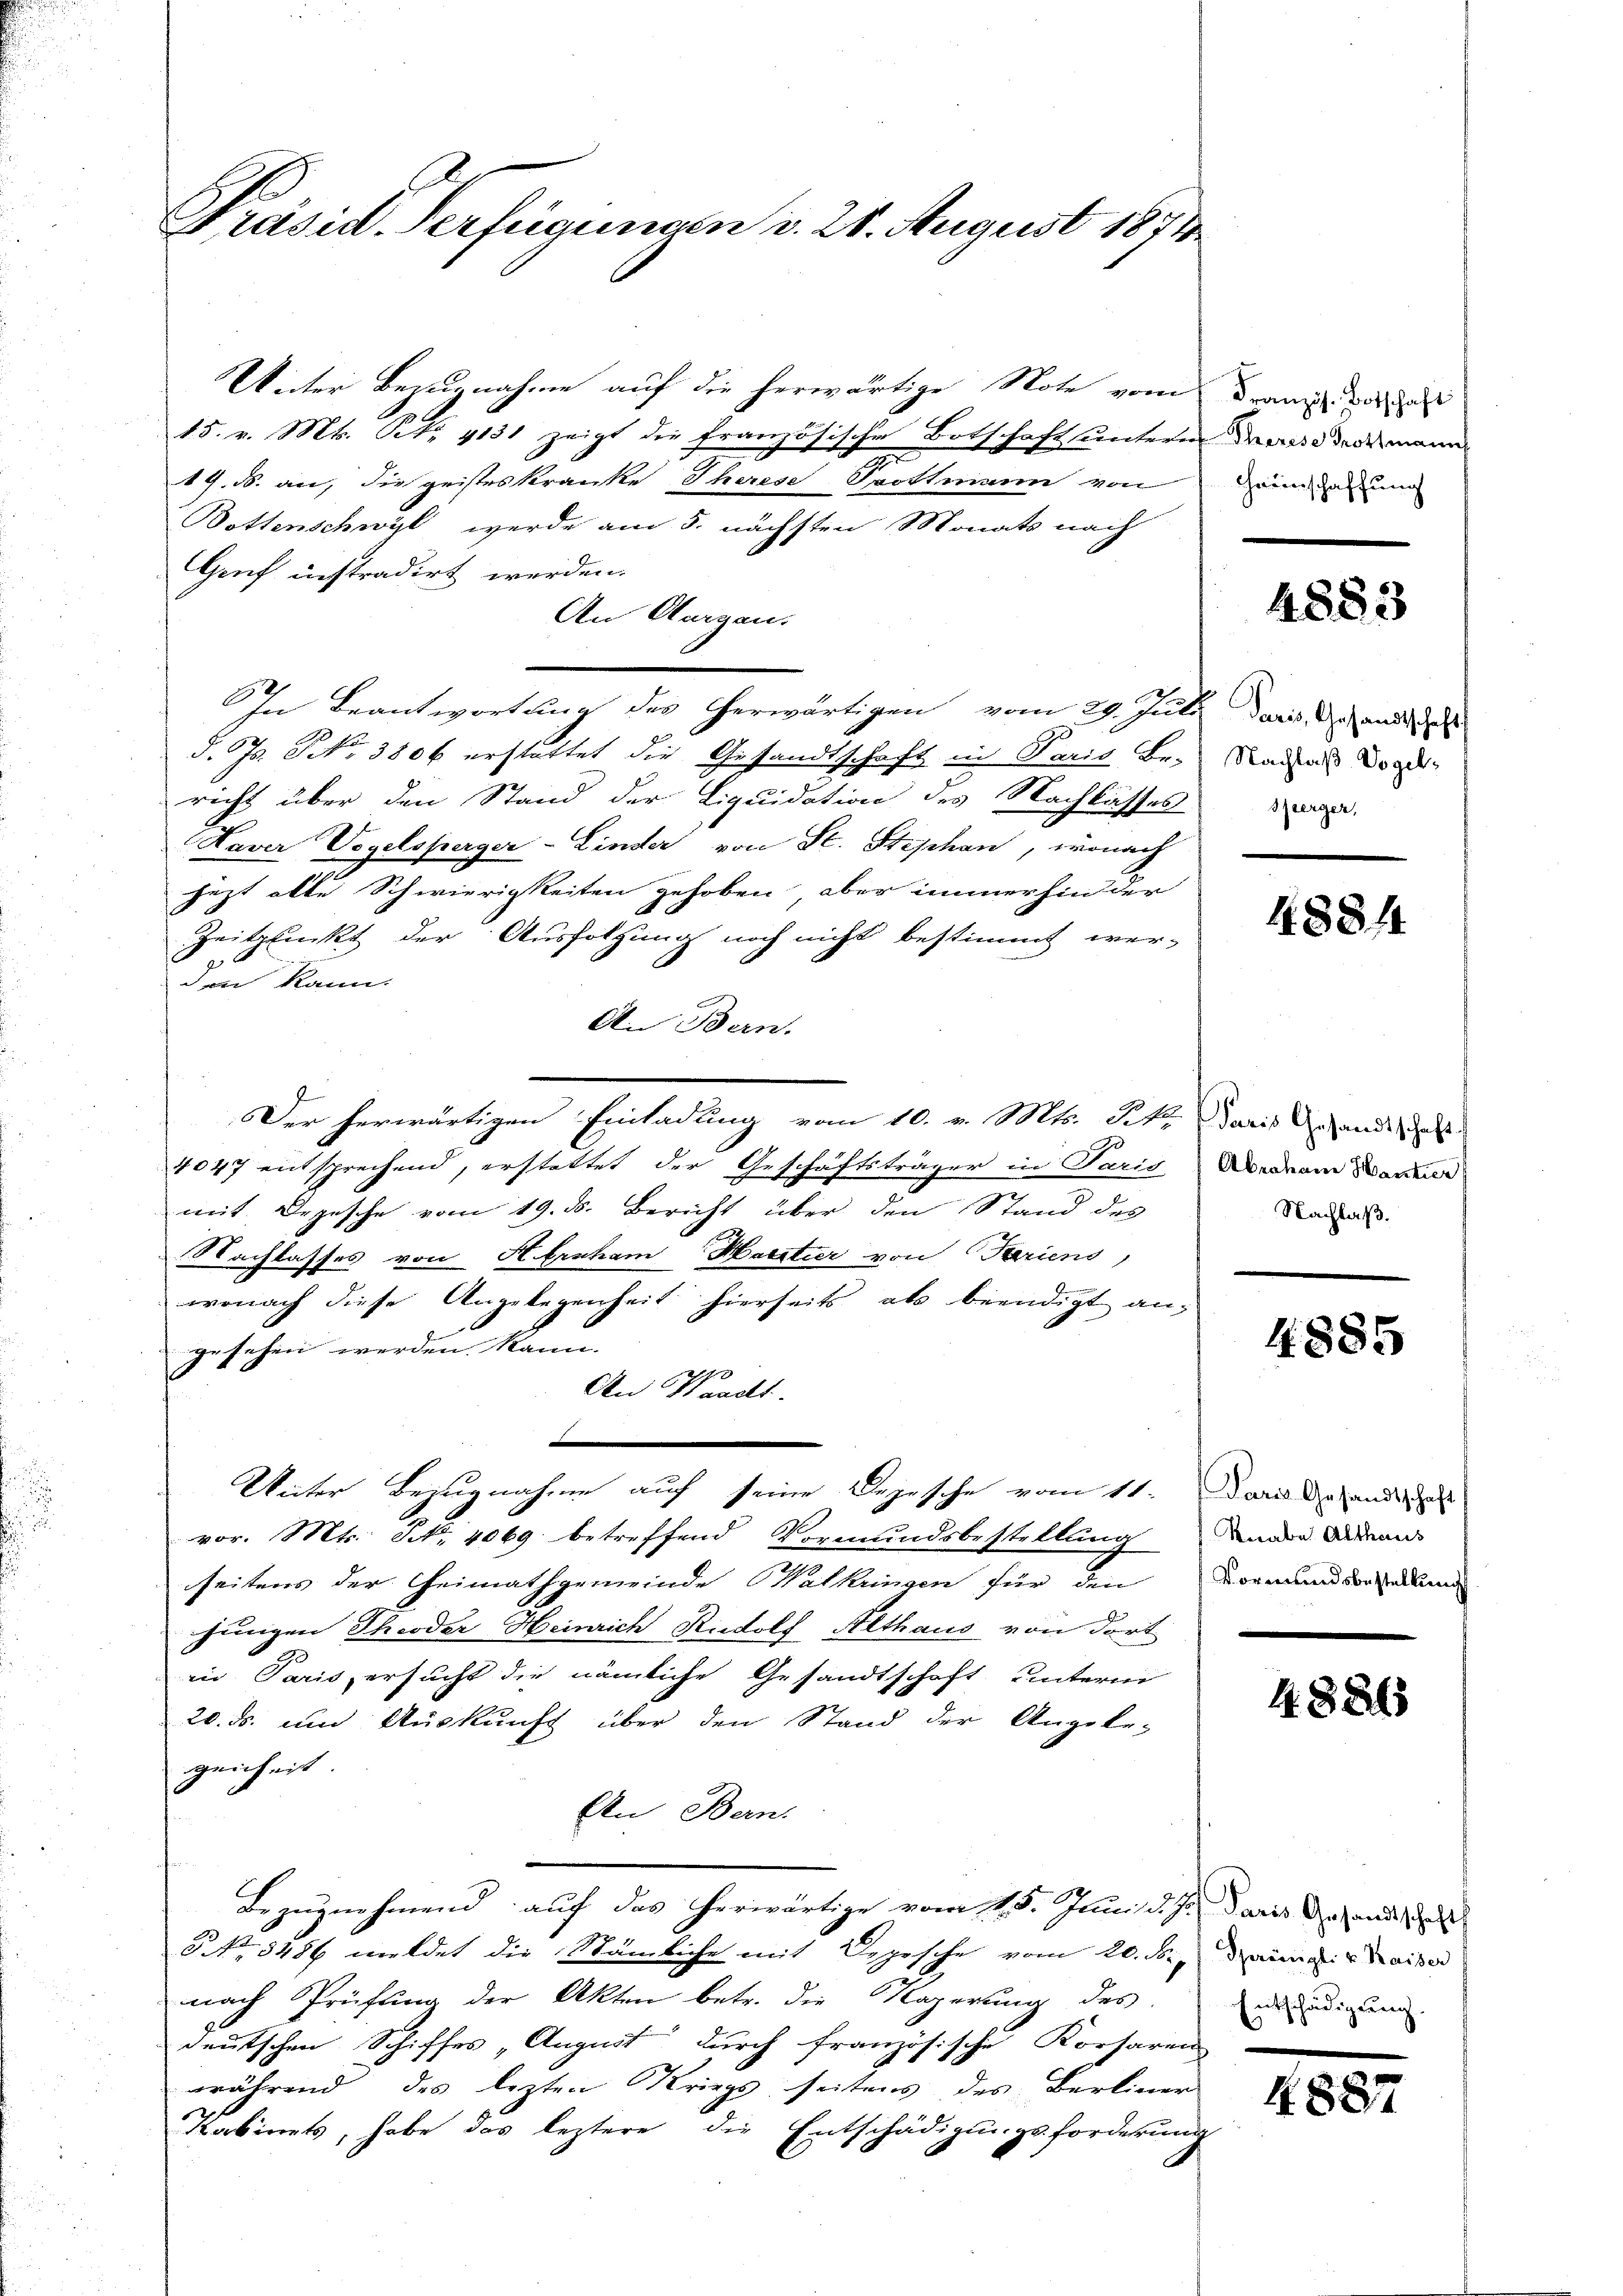
Präsid. Verfügungen d. 28. August 1874

Unter Bezugnahme auf die herwärtige Note vom
15. v. Mts. S. 4131 zeigt die französische Botschaft untern
9
1G. B. an, die geisteskranke Therese Spottmann von
Dottenschwyl werde am 5. nächsten Monats nach
Gruf instradirt werden.
An Aargau.
In Beantwortung des herwärtigen vom 29. Juli daris des und d
d. Js. NNo. 3806 erstattet die Gesandtschaft in Paris Be-
richt über den Stand der Liquidation des Nachlasses
Haver Vogelsperger-Linder von St. Stephan, wonach
jezt alte Schwierigkeiten gehoben, aber immerhin der
Zeitpluckt der Ausfolgung noch nicht bestimmt wer-
den kann.
An Bern.
Der herwärtigen Einladung vom 10. v. Mts. Tit. Paris andes
4047 entsprechend, erstattet der Geschäftsträger in Paris Meerem Ware
mit Depesche vom 19. d. Bericht über den Stand des
Nachlasses von Hernham Martier von Pariens
wonach diese Angelegenheit hierseits als beendigt an,
gesehen werden kann.
An Waadt.
Unter Bezugnahme auf seine Depesche vom 11. Darin de lander
vor. Mts. N. 4069 betreffend Vormundsbestellung die Adm
seitens der Heimathgemeinde Walkungen für den Vormundsbeam
jungen Theodor Heinrich Rudolf Althaus von dort
in Paris ersucht die nämliche Gesandtschaft unterm
20. ds. und Auskunft über den Stand der Angele-
zeiheit
An Bern.
Bezugnehmend auf das herwärtige vom 15. Juni d. J. daris des and
9 No 3486 meldet die Stämliche mit Depesche vom 20. ds., ein mit Kaiser
nach Prüfung der Akten betr. die Mögerung des
deutschen Schiffes „August durch französische Korsaren
während des lezten Kriegs seitens des Berliner
Kabinets, habe das leztere die Entschädigungsforderung

Französ. Botschaft
Therese Trottmann
Heimschaffung

4883

Nachlaß Vogelsperger,

48844

Nachlaß.

4885

4. 885

Entschädigung.

150.